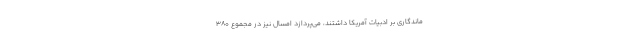
ماندگاری بر ادبیات آمریکا داشتند، می‌پردازد امسال نیز در مجموع ۳۸۰